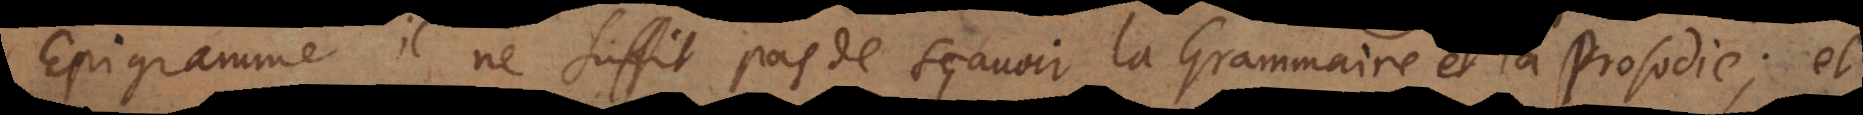
Epigramme, il ne suffit pas de sçavoir la Grammaire et la Prosodie; et